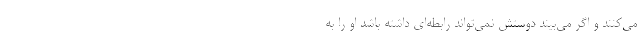
می‌کنند و اگر می‌بیند دوستش نمی‌تواند رابطه‌ای داشته باشد او را به